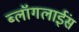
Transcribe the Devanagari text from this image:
ब्लॉगलाईंस